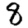
Digit: 8